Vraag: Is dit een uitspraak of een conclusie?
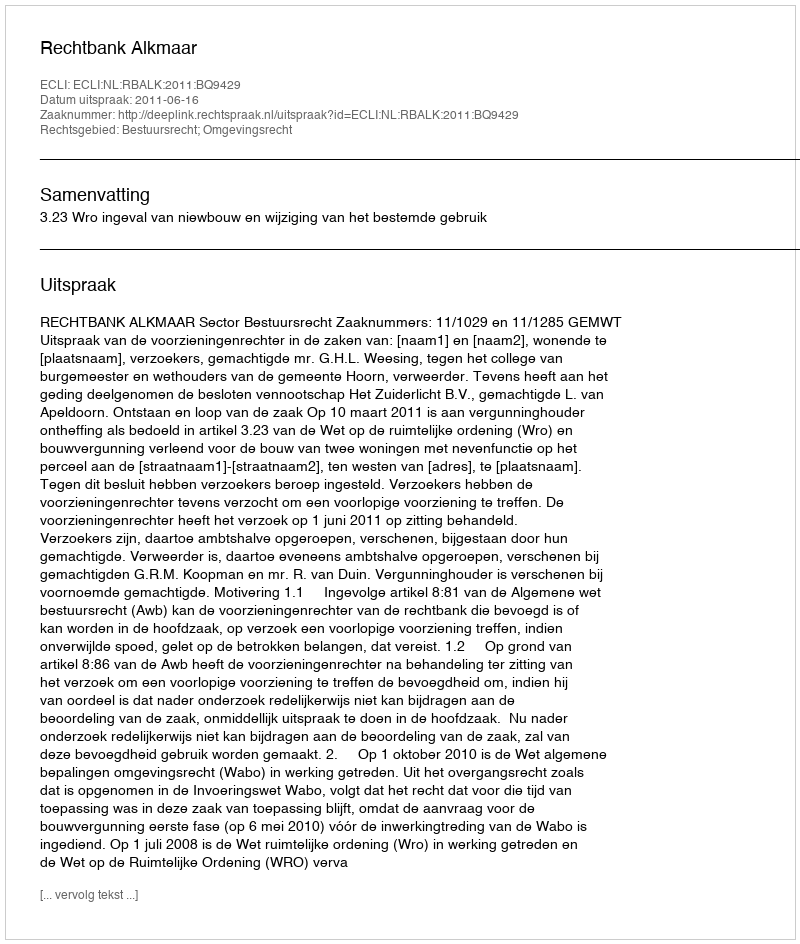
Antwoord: Uitspraak